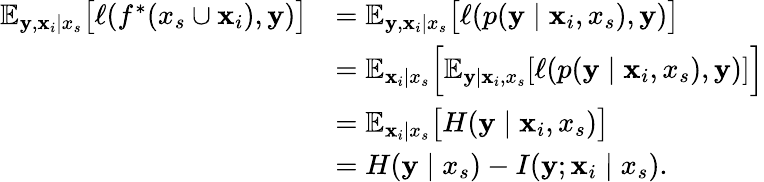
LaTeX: \begin{array}{rl}{\mathbb{E}_{{\mathbf{y}},{\mathbf{x}}_{i}\mid x_{s}}\big[\ell(f^{*}(x_{s}\cup{\mathbf{x}}_{i}),{\mathbf{y}})\big]}&{=\mathbb{E}_{{\mathbf{y}},{\mathbf{x}}_{i}\mid x_{s}}\big[\ell(p({\mathbf{y}}\mid{\mathbf{x}}_{i},x_{s}),{\mathbf{y}})\big]}\\ &{=\mathbb{E}_{{\mathbf{x}}_{i}\mid x_{s}}\Big[\mathbb{E}_{{\mathbf{y}}\mid{\mathbf{x}}_{i},x_{s}}[\ell(p({\mathbf{y}}\mid{\mathbf{x}}_{i},x_{s}),{\mathbf{y}})]\Big]}\\ &{=\mathbb{E}_{{\mathbf{x}}_{i}\mid x_{s}}\big[H({\mathbf{y}}\mid{\mathbf{x}}_{i},x_{s})\big]}\\ &{=H({\mathbf{y}}\mid x_{s})-I({\mathbf{y}};{\mathbf{x}}_{i}\mid x_{s}).}\end{array}